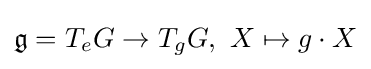
{\mathfrak {g}}=T_{e}G\to T_{g}G,\ X\mapsto g\cdot X